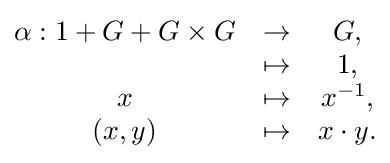
{\begin{matrix}\alpha :{1}+G+G\times G&\to &G,\\*&\mapsto &1,\\x&\mapsto &x^{-1},\\(x,y)&\mapsto &x\cdot y.\end{matrix}}